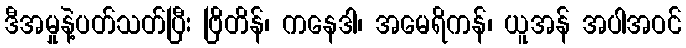
ဒီအမှုနဲ့ပတ်သတ်ပြီး ဗြိတိန်၊ ကနေဒါ၊ အမေရိကန်၊ ယူအန် အပါအဝင်